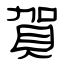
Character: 賀